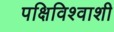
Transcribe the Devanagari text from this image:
पक्षिविश्वाशी